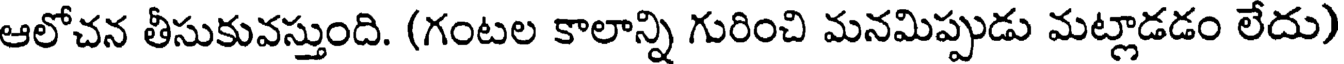
ఆలోచన తీసుకువస్తుంది. (గంటల కాలాన్ని గురించి మనమిప్పుడు మట్లాడడం లేదు)